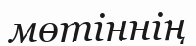
мөтіннің